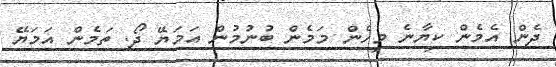
ދެން އެމެން ކިޔާނެ މިހެން މަމެން ބުނުމުން އަމަޔޭ ދޯ. ތަމެން އަމަޔޭ